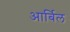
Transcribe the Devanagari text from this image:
आर्बिल